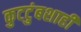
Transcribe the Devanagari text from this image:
कुटटुंबशाही